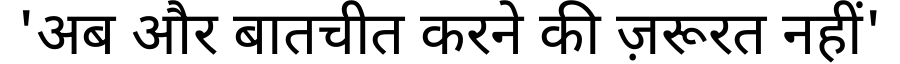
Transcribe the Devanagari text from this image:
'अब और बातचीत करने की ज़रूरत नहीं'